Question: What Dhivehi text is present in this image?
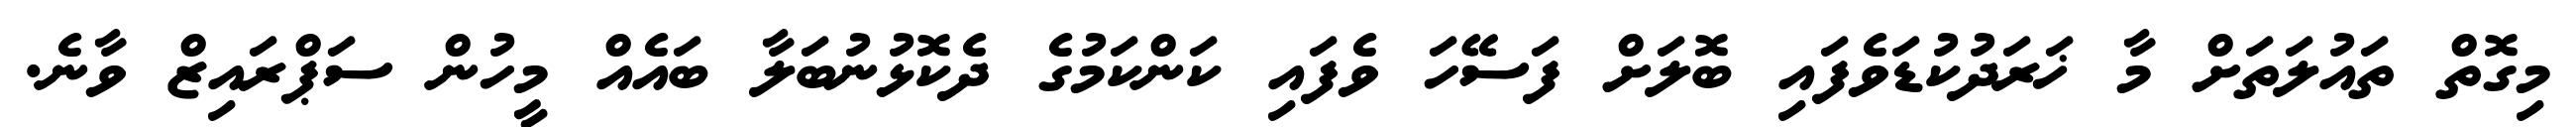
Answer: މިގޮތް ތައުލަތަށް މާ ޚަރަދުކުޑަވެފައި ބޮލަށް ފަސޭހަ ވެފައި ކަންކަމުގެ ދެކޮޅުނުބަލާ ބައެއް މީހުން ސަޕްރައިޒް ވާނެ.